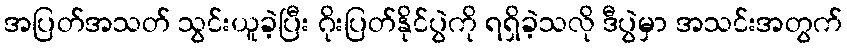
အပြတ်အသတ် သွင်းယူခဲ့ပြီး ဂိုးပြတ်နိုင်ပွဲကို ရရှိခဲ့သလို ဒီပွဲမှာ အသင်းအတွက်